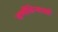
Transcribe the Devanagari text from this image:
वर्णविन्यासों